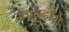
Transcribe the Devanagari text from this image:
खानदौरा